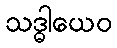
သဒ္ဓါယေဝ